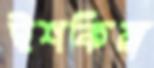
ইশকিয়া